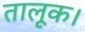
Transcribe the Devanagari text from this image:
तालूक।